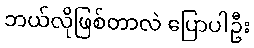
ဘယ်လိုဖြစ်တာလဲ ပြောပါဦး